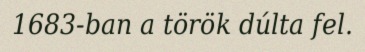
1683-ban a török dúlta fel.